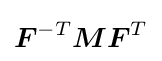
{\boldsymbol {F}}^{-T}{\boldsymbol {M}}{\boldsymbol {F}}^{T}